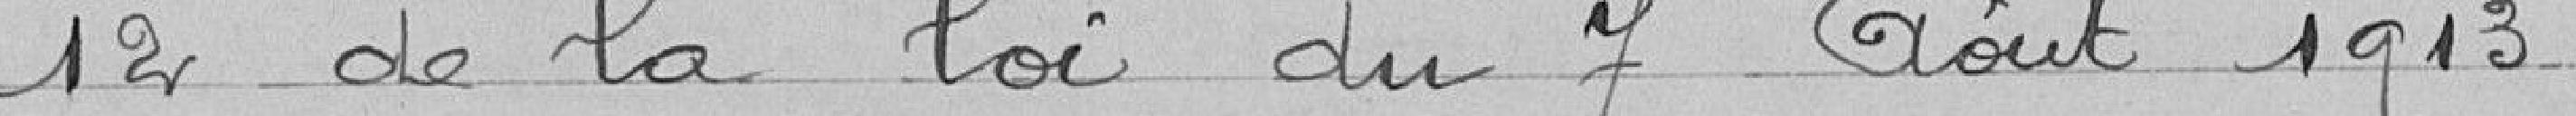
12 de la loi du 7 Août 1913